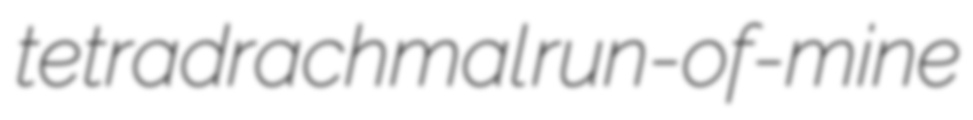
tetradrachmal run-of-mine